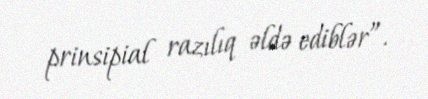
prinsipial razılıq əldə ediblər”.